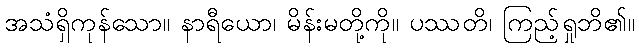
အသံရှိကုန်သော။ နာရီယော၊ မိန်းမတို့ကို။ ပဿတိ၊ ကြည့်ရှုဘိ၏။